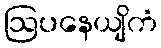
ဩပနေယျိကံ